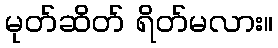
မုတ်ဆိတ် ရိတ်မလား။